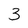
Character: 3